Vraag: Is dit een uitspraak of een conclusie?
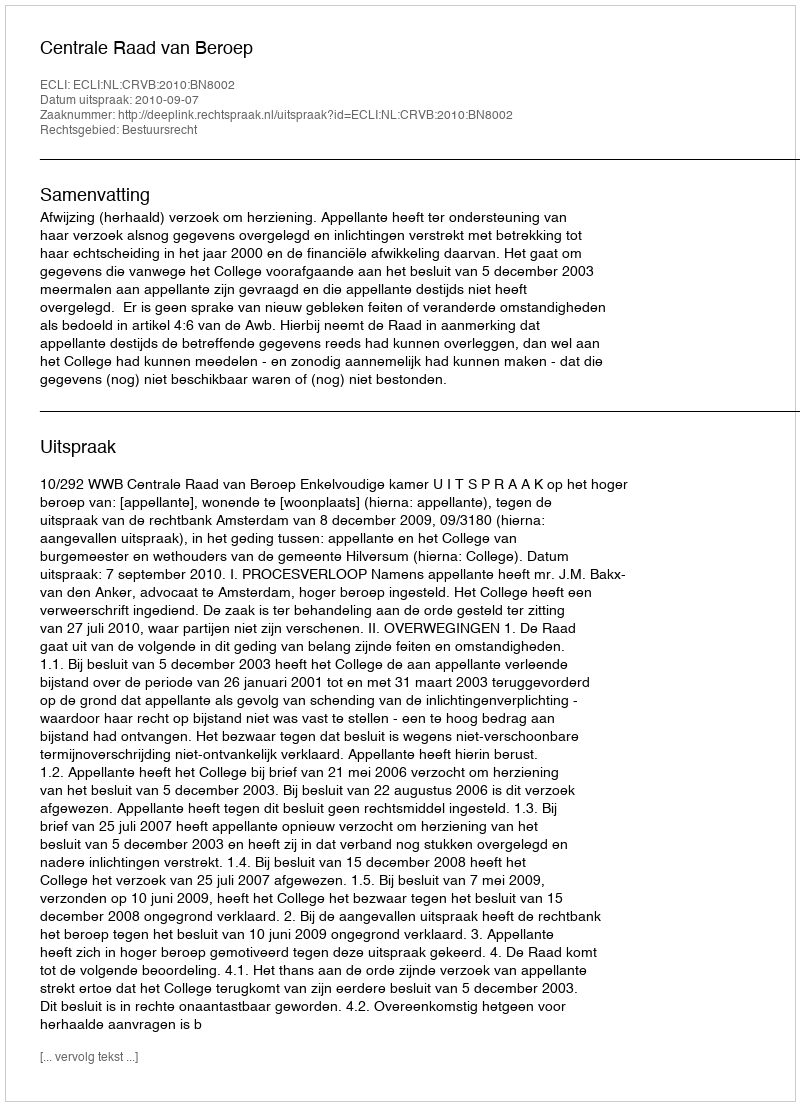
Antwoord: Uitspraak